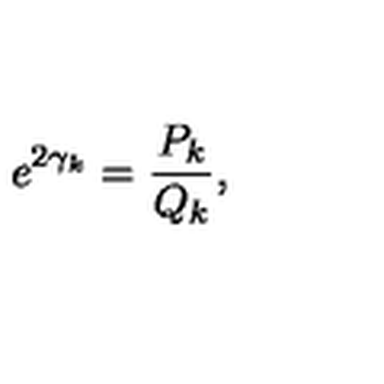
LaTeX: e ^ { 2 \gamma _ { k } } = \frac { P _ { k } } { Q _ { k } } ,